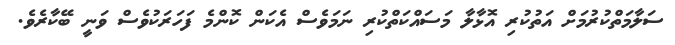
ސަލާމަތްކުރުމަށް އަތުކުރި އޮޅާލާ މަސައްކަތްކުރި ނަމަވެސް އެކަން ކޮންމެ ފަހަރަކުވެސް ވަނީ ބޭކާރެވެ.